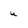
Character: u